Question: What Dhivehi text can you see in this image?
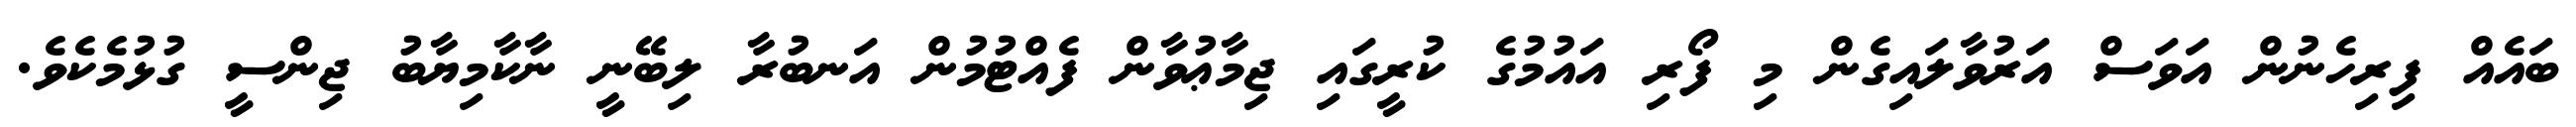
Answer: ބައެއް ފިރިހެނުން އަވަސް އަރުވާލައިގެން މި ފޯރި އައުމުގެ ކުރީގައި ޖިމާޢުވާން ފެއްޓުމުން އަނބުރާ ލިބޭނީ ނާކާމިޔާބު ޖިންސީ ގުޅުމެކެވެ.